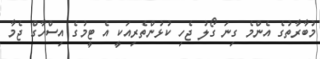
މުބާރާތުގެ އެންމެ ގިނަ ގޯލު ޖެހި ކުޅުންތެރިއަކީ އެ ޓީމުގެ އިސްހާގް ޖެމާ